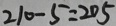
2 1 0 - 5 = 2 0 5